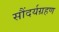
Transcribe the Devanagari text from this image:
सौंदर्यग्रहण